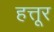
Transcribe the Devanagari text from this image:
हत्तूर